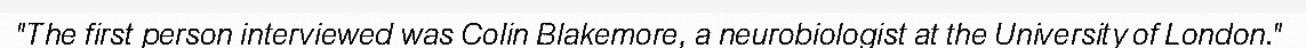
"The first person interviewed was Colin Blakemore, a neurobiologist at the University of London."